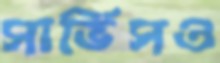
সার্ভিসও